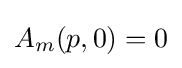
A_{m}(p,0)=0